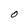
Character: O